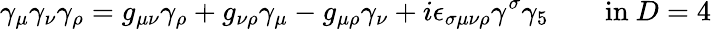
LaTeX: \gamma_{\mu}\gamma_{\nu}\gamma_{\rho}=g_{\mu\nu}\gamma_{\rho}+g_{\nu\rho}\gamma_{\mu}-g_{\mu\rho}\gamma_{\nu}+i\epsilon_{\sigma\mu\nu\rho}\gamma^{\sigma}\gamma_{5}\qquad\mathrm{in~}D=4